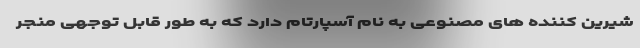
شیرین کننده های مصنوعی به نام آسپارتام دارد که به طور قابل توجهی منجر